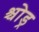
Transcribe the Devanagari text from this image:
श्चोड्र